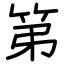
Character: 第